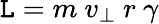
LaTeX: \mathtt{L}=m\ v_{\perp}\ r\ \gamma